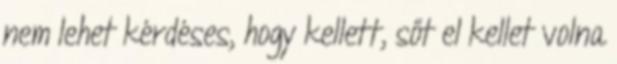
nem lehet kérdéses, hogy kellett, sőt el kellet volna